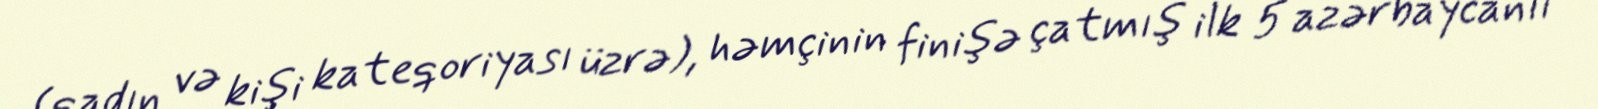
(qadın və kişi kateqoriyası üzrə), həmçinin finişə çatmış ilk 5 azərbaycanlı